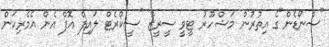
"ސްނޯޑެން"ގެ އިތުރުން މަޝްހޫރު ޓީވީ ސީރީޒް "ސީކްރެޓް ލައިފް އޮފް އެން އެމެރިކަން